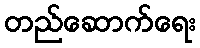
တည်ဆောက်ရေး